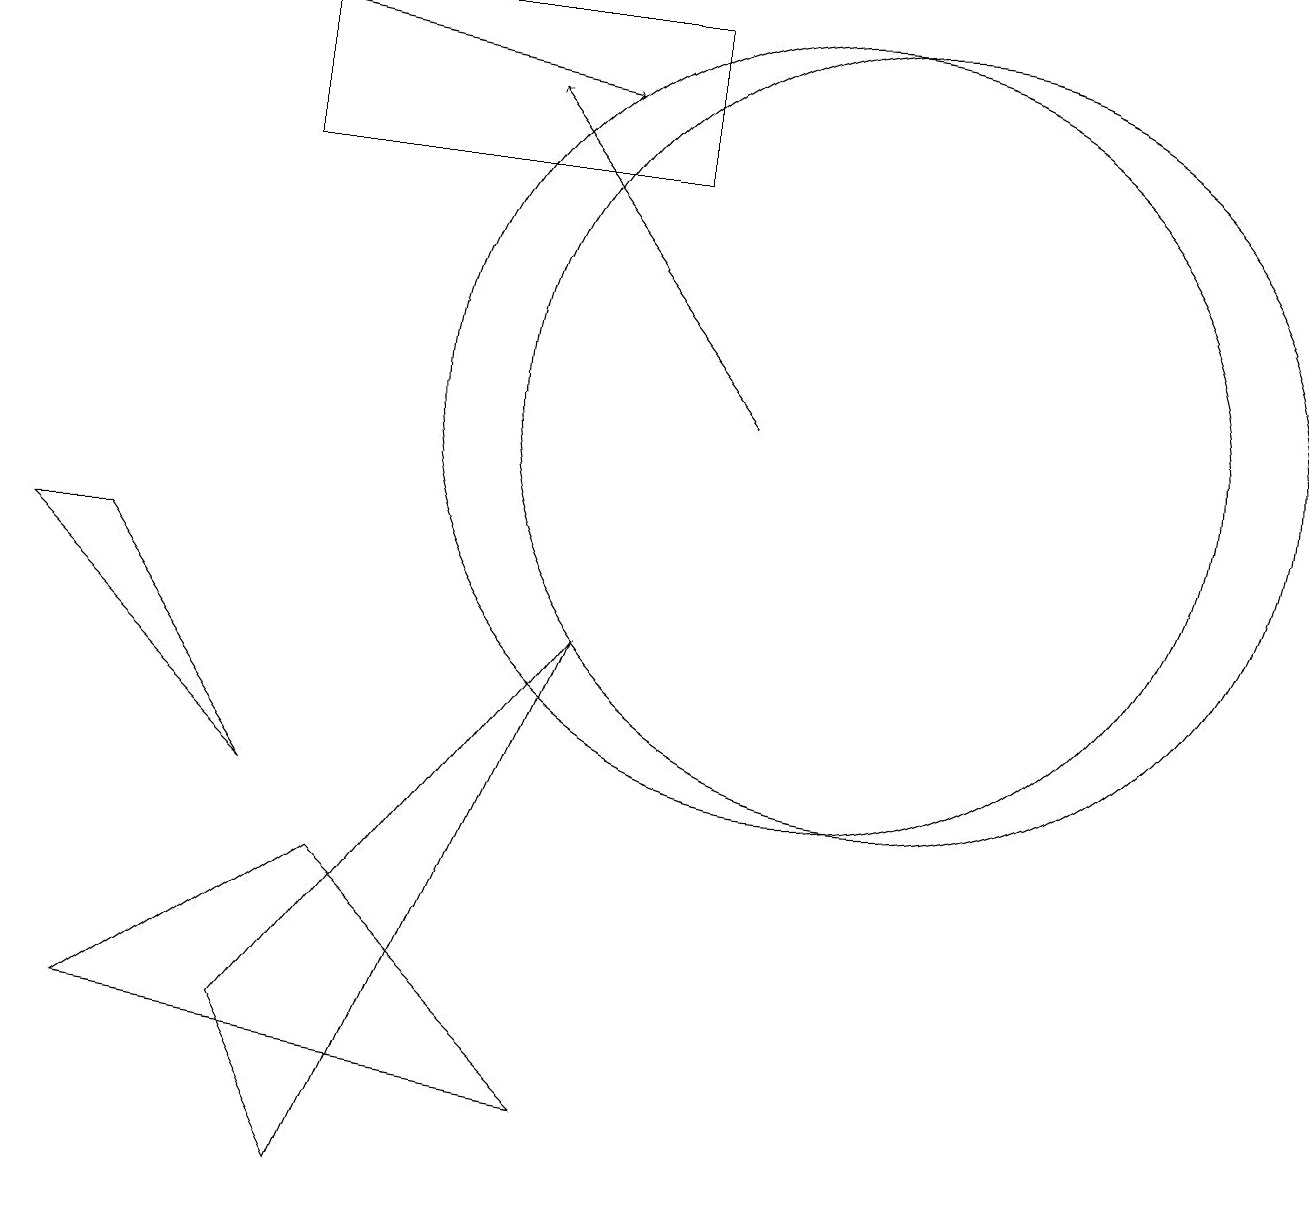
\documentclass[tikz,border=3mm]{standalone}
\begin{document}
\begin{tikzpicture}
\draw (10,11) circle (5);
\draw (1,9) -- (0,9) -- (3,6) -- cycle;
\draw[->] (9,11) -- (6,15);
\draw (3,14) rectangle (8,16);
\draw[->] (2,16) -- (7,15);
\draw (4,1) -- (7,8) -- (3,3) -- cycle;
\draw (11,11) circle (5);
\draw (4,5) -- (7,2) -- (1,3) -- cycle;
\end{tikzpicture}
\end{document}